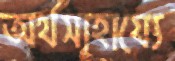
অর্থসাহায্যে